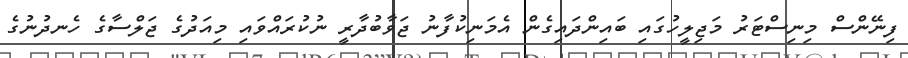
ފިނޭންސް މިނިސްޓަރު މަޖިލީހުގައި ބައިންދައިގެން އެމަނިކުފާނު ޖަވާބުދާރީ ނުކުރައްވައި މިއަދުގެ ޖަލްސާގެ ހެނދުނުގެ